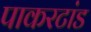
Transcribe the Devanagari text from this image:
पाकरटांड